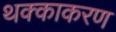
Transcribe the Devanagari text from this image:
थक्काकरण